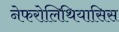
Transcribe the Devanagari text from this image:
नेफरोलिथियासिस